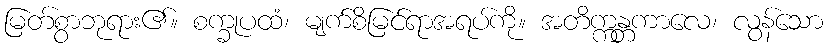
မြတ်စွာဘုရား၏။ စက္ခုပထံ၊ မျက်စိမြင်ရာအရပ်ကို။ အတိက္ကန္တကာလေ၊ လွန်သော